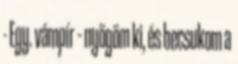
- Egy. vámpír – nyögöm ki, és becsukom a